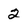
Character: 2